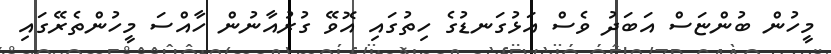
މީހުން ބުންޏަސް އަބަދު ވެސް އަޅުގަނޑުގެ ހިތުގައި އޮވޭ ގުރުއާނުން ހާއްސަ މީހުންތެރޭގައި